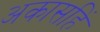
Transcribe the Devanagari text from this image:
अकासहिं